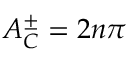
A _ { C } ^ { \pm } = 2 n \pi